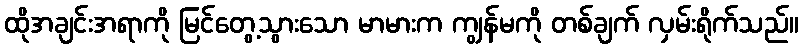
ထိုအချင်းအရာကို မြင်တွေ့သွားသော မာမားက ကျွန်မကို တစ်ချက် လှမ်းရိုက်သည်။